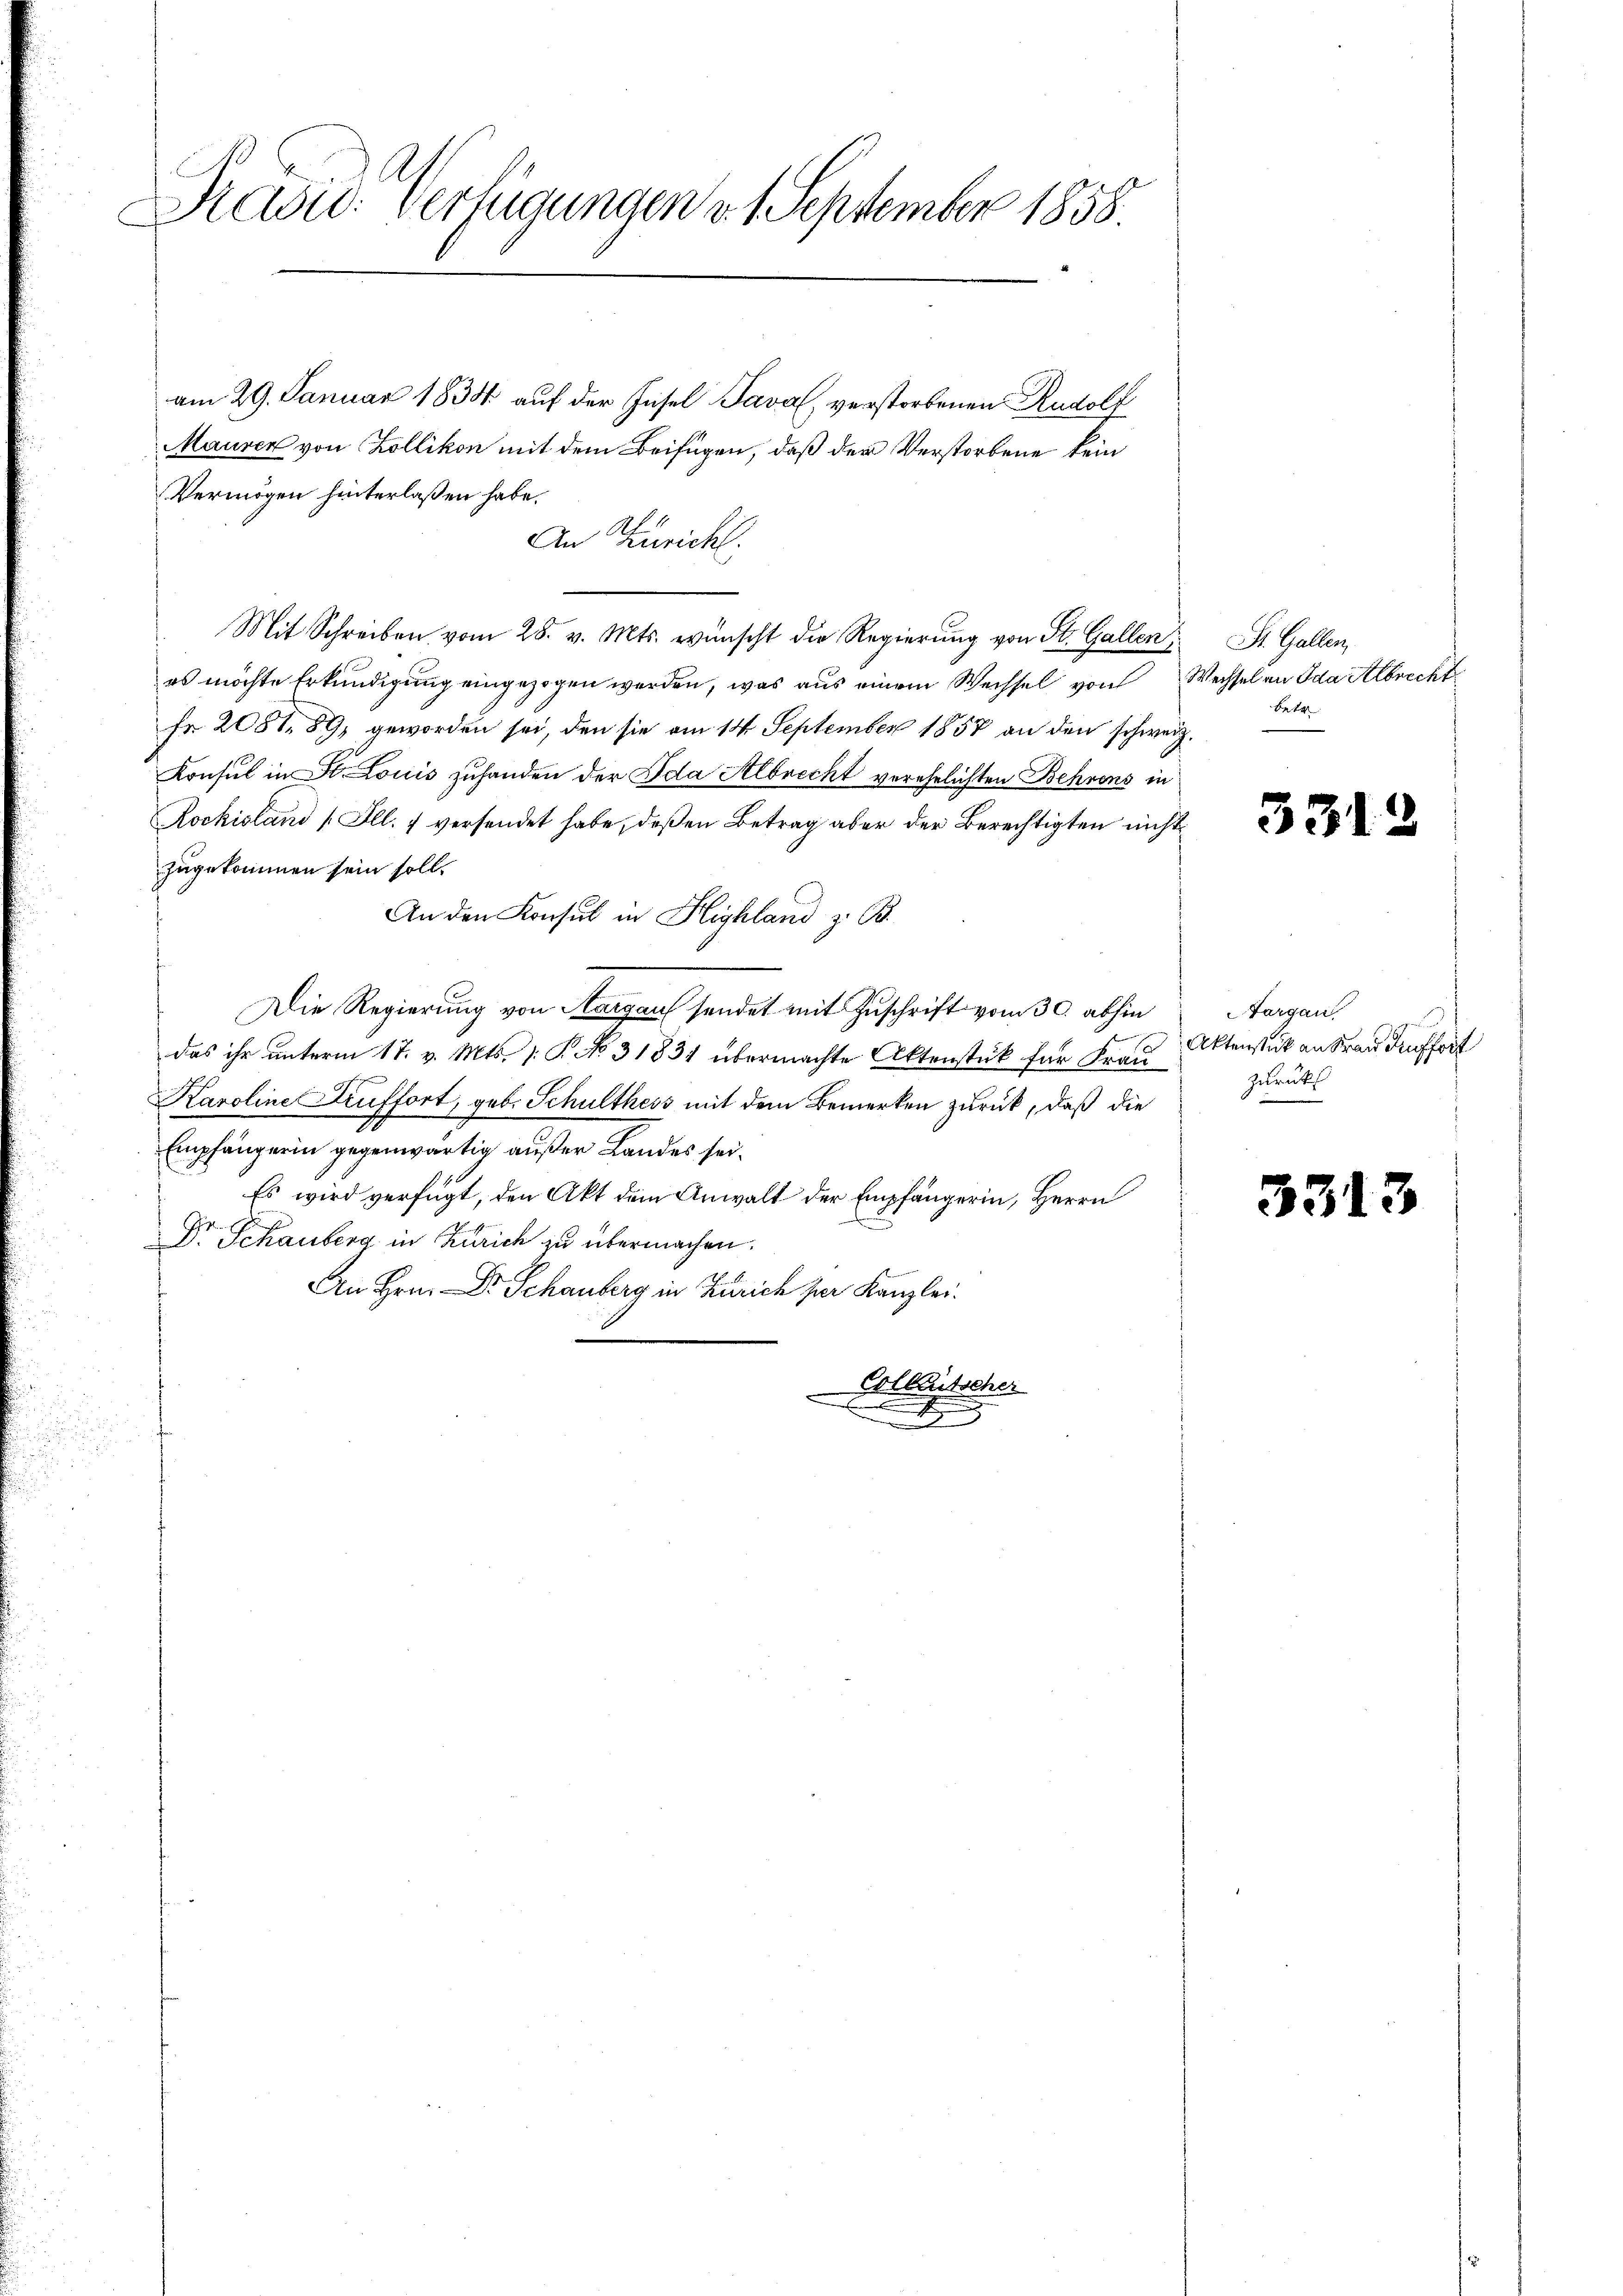
Präsid. Verfügungen d. 1. September 1858.

am 29. Januar 1835 auf der Insel Javal, verstorbenen Rudolf
Mauren von Zollikon mit dem Beifügen, daß der Verstorbene kein
Vermögen hinterlaßen habe.
An Züricht.
Mit Schreiben vom 28. v. Mts. wünscht die Regierung von St. Gallen St. Gallen,
es möchte Erkundigung eingezogen werden, was aus einem Wechsel von Wechsel an Ida Albrecht
Fr. 2081. 89, geworden sei, den sie am 14 September 1857 an den schweiz.
Konsul in St. Louis zuhanden der Ida Albrecht verehelichten Behrens in
Rockisland Ill. 7 versendet habe, deßen Betrag aber der Berechtigten nicht
zugekommen sein soll.
An den Konsul in Highland z. B.
Die Regierung von Aargau sendet mit Zuschrift vom 30. abhin
das ihr unterm 17. v. Mts. (: P. No. 31831 übermachte Aktenstück für Frau
Karoline Auffort, geb. Schulthess mit dem Bemerken zurück, daß die
Empfängerin gegenwärtig außer Landes sei.
Es wird verfügt, den Akt dem Anwalt der Empfängerin, Herrn
Dr. Schauberg in Zürich zu übermachen.
An Hrn. Dr. Schauberg in Zürich zur Kanzlei.
Golbautscher
.
g

d

betr

33/

331

Aargau,
Aktenstück an Frau Aufhört
zurückl

3